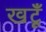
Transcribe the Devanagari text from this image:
खटूँ